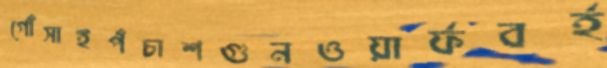
গোঁসাইপঁচাশগুনওয়ার্ফবর্হ